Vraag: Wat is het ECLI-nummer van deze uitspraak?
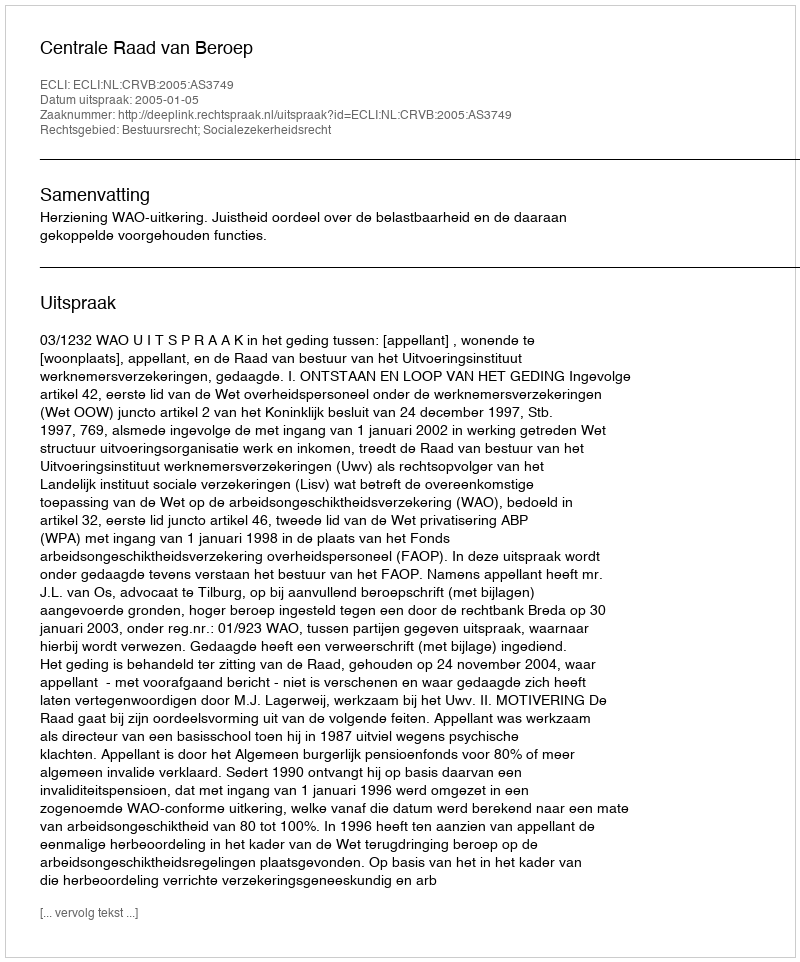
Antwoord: ECLI:NL:CRVB:2005:AS3749